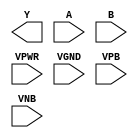
module sky130_fd_sc_ls__nand2 (
    Y   ,
    A   ,
    B   ,
    VPWR,
    VGND,
    VPB ,
    VNB
);

    output Y   ;
    input  A   ;
    input  B   ;
    input  VPWR;
    input  VGND;
    input  VPB ;
    input  VNB ;
endmodule